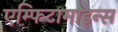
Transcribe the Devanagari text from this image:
एम्फिटामाइन्स